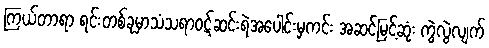
ကြယ်တာရာ ရင်းတစ်ခုမှာသံသရာဝဋ်ဆင်းရဲအပေါင်းမှကင်း အဆင်မြင့်ဆုံး ကွဲလွဲလျက်